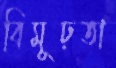
বিমূঢ়তা